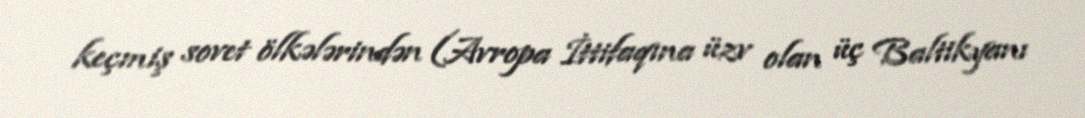
keçmiş sovet ölkələrindən (Avropa İttifaqına üzv olan üç Baltikyanı